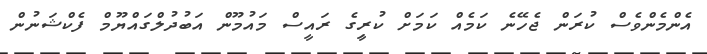
އެންމެންވެސް ކުރަން ޖެހޭނެ ކަމެއް ކަމަށް ކުރީިގެ ރައީސް މައުމޫން އަބުދުލްގައްޔޫމް ފެކްޝަނުން